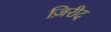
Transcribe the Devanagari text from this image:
ज़िरीद